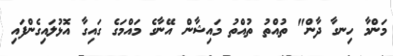
މަންމާ ހިނގާ ދާން" ތުއްތު ތުއްތު މައިޝާން އޭނާގެ މައްމަގެ ގައިގާ އޮޅުލައިގެންފައި